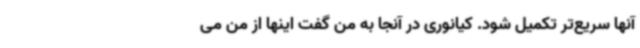
آنها سریع‌تر تکمیل شود. کیانوری در آنجا به من گفت اینها از من می‌